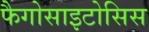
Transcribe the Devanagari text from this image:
फैगोसाइटोसिस